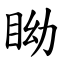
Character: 眑